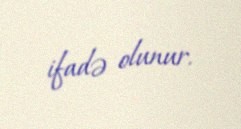
ifadə olunur.